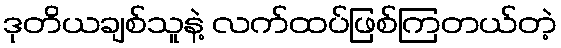
ဒုတိယချစ်သူနဲ့ လက်ထပ်ဖြစ်ကြတယ်တဲ့